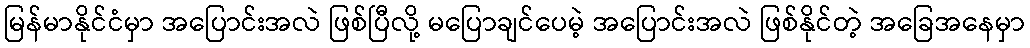
မြန်မာနိုင်ငံမှာ အပြောင်းအလဲ ဖြစ်ပြီလို့ မပြောချင်ပေမဲ့ အပြောင်းအလဲ ဖြစ်နိုင်တဲ့ အခြေအနေမှာ